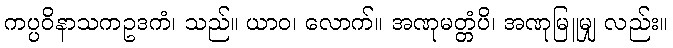
ကပ္ပဝိနာသကဥဒကံ၊ သည်။ ယာဝ၊ လောက်။ အဏုမတ္တံပိ၊ အဏုမြူမျှ လည်း။